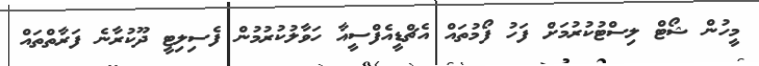
މީހުން ޝޯޓް ލިސްޓުކުރުމަށް ފަހު ފޯމުތައް އެޗްޑީއެފްސީއާ ހަވާލުކުރުމުން ފެސިލިޓީ ދޫކުރާނެ ފަރާތްތައް